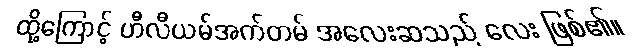
ထို့ကြောင့် ဟီလီယမ်အက်တမ် အလေးဆသည် လေး ဖြစ်၏။